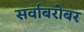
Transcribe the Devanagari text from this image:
सर्वाबरोबर